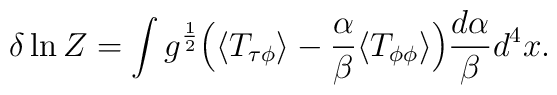
\delta\ln Z=\int g^{1\over2}\Bigl( \langle T_{\tau\phi}\rangle -{\alpha\over\beta}\langle T_{\phi\phi}\rangle\Bigr){d\alpha\over\beta}d^4x\space.